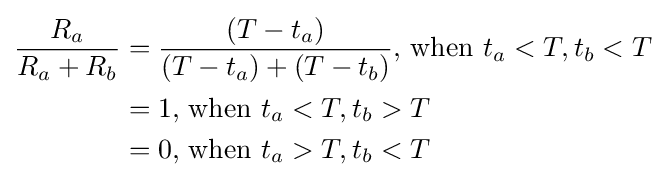
{\begin{aligned}{\frac {R_{a}}{R_{a}+R_{b}}}&={\frac {(T-t_{a})}{(T-t_{a})+(T-t_{b})}}{\text{, when }}t_{a}<T,t_{b}<T\\&=1{\text{, when }}t_{a}<T,t_{b}>T\\&=0{\text{, when }}t_{a}>T,t_{b}<T\end{aligned}}